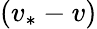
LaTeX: (v_{*}-v)